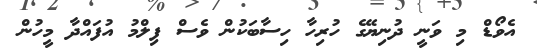
އެވޯޑް މި ވަނީ ދުނިޔޭގެ ހުރިހާ ހިސާބަކުން ވެސް ފިލްމު އުފައްދާ މީހުން